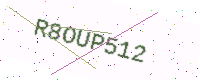
Text: R8OUP512